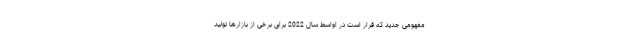
مفهومی جدید که قرار است در اواسط سال 2022 برای برخی از بازارها تولید